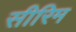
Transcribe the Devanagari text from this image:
सीरिम